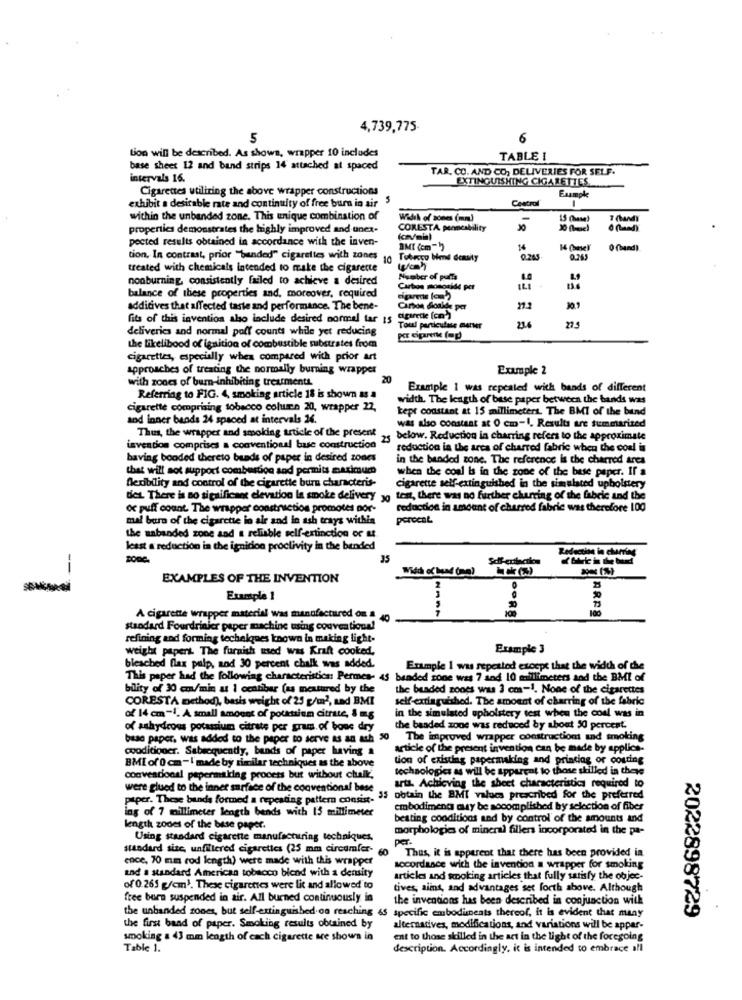
4,739,775-
5
tion will be described. As shown, wrapper 10 includes
TABLE I
base sheet 12 and band strips 14 attached at spaced
TAR. CO. AND CO, DELIVERIES FOR SELF.
intervals 16.
EXTINGUISHING CIGARETTES
Cigarettes utilizing the above wrapper constructions
Example
exhibit a desirable rate and continuity of free burn in air
Central
within the unbanded zone. This unique combination of
Width of zones (mm)
15 (hasa)
properties demonstrates the highly improved and unex-
CORESTA penneability
30
pected results obtained in accordance with the inven-
BMI (cm")
14
0 (band)
tion. In contrast, prior "bunded" cigarettes with zones
10
Tubrogo biend density
0.245
treated with chemicals intended to make the cigarette
nonburning, consistently failed to achieve a desired
Number of puffs
Carbon monoxide per
ILI
balance of these properties and, moreover, required
additives that affected taste and performance. The bene-
cigarette [cm")
Carbon doalde pa
fits of this invention also include desired normal tar 15
deliveries and normal poff counts while yet reducing
Toul particulate merwr
236
27.5
the likelihood of ignition of combustible substrates from
cigarettes, especially when compared with prior art
approaches of treating the normally burning wrapper
Example 2
with zones of burn-inhibiting treatments.
20
Example 1 was repeated with bands of different
Referring to FIG. 4, smoking article 18 is shown as a
width. The length of base paper between the bands was
Cigarette comprising tobacco column 20, wrapper 22,
kept constant at 15 millimeters. The BMI of the bund
and inner bands 24 spaced at intervals 24.
Thus, the wrapper and smoking article of the present
was also constant at 0 cm-1. Results are summarized
25
below. Reduction in charring refers to the approximate
invention comprises a conventional base construction
reduction in the area of charred fabric when the coal is
having bonded thereto beads of paper in desired zones
in the banded zone. The reference is the charred ares
that will not support combustion and permits maximum
when the coal is in the zone of the base paper. If a
flexibility and control of the cigarette bure characteris-
cigarette self-extinguished in the simulated upholstery
ties. There is no significant elevation la smoke delivery
Jo ten, there was no further charting of the fabric and the
oc puff count. The wrapper construction promotes por-
reduction in amount of charred fabric was therefore 100
mal burn of the cigarette in air and in ash trays within
percent
the uabanded zone and a reliable self-extinction of &
least a reduction in the ignition proctivity in the bended
Reduction in charring
35
--
EXAMPLES OF THE INVENTION
2
Example 1
ARP8
A cigarette wrapper material was manufactured om = 40
standard Fourdrialer paper machine using couven tique!
refining and forming techelques known in making light-
weight papers. The furnish med was Kraft cooked.
Example 3
bleached flax pulp, and 30 percent chalk was added.
Example 1 was repeated except that the width of the
This paper had the following characteristics: Permes- 45 bended zone was 7 and 10 millimeters and the BMl of
bility of 30 cm/min at 1 ochtibar (as measured by the
the beaded zones was 3 cm-1. None of the cigarettes
CORESTA method), basis weight of 25 g/m2, and BMI
self-extinguished. The amount of charring of the fabric
of 14 cm -1. A small amount of potassium citrute, 8 mg
in the simulated upholstery test when the coal was in
of sahydrous potassium citrate per gram. of bouc dry
the baaded zone was reduced by about 50 percent.
base paper, was added to the paper to serve as an ath 30
The improved wrapper construction and smoking
conditioner. Sabroquently, bands of paper having a
article of the present invention can be made by applics-
BMI of 0 cm-I made by similar techniques as the above
tion of existing papermaking and printing or couring
technologies as will be apparent to those skilled in thee
convencional pepermaking process but without chalk,
arts. Achieving the sheet characteristics required to
were glued to the inner surface of the conventional base
paper. These bands formed a repeating pattern consis, 33 obtain the BMT values prescribed for the preferred
lag of 7 millimeter length bends with 13 millimeter
embodiment muy be socomplished by selection of fiber
beating conditions and by control of the amounts and
length zones of the base paper.
morphologies of mineral fillers incorporated in the pa-
Using standard cigarette manufacturing techniques.
per.
standard site, unfiltered cigarettes (25 mm circumfer-
60
Thus, it is apparent that there has been provided in
ence, 70 mm rod length) were made with this wrapper
and a standard American tobacco blend with a density
accordance with the invention a wrapper for smoking
articles and smoking articles that fully satisfy the objec-
of 0.265 g/cm). These cigarettes were lit and allowed to
tives, aiins, and advantages set forth above. Although
free bura suspended in air. All burned continuously in
the inventions lus been described in conjunction with
the unbanded zones, but self-extinguished on reaching & specific embodiments thereof, it is evident that many
2022898729
the first baad of paper. Smoking results obtained by
alternatives, modifications, and variations will be appar-
smoking a 43 mm length of each cigarette are shown in
ent to those skilled in the art in the light of the foregoing
Table 1.
description. Accordingly. it is intended to embrace all